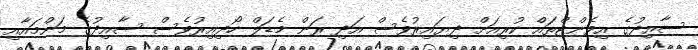
ސާއިދުގެ އިވެންޓްތައް ކުރިއަށް ދިޔައިރުވެސް އަދި ރަން މެޑަލް ހޯދިއިރުވެސް ސާއިދުގެ މަންމައާއި